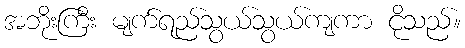
အဘိုးကြီး မျက်ရည်သွယ်သွယ်ကျကာ ငိုသည်။